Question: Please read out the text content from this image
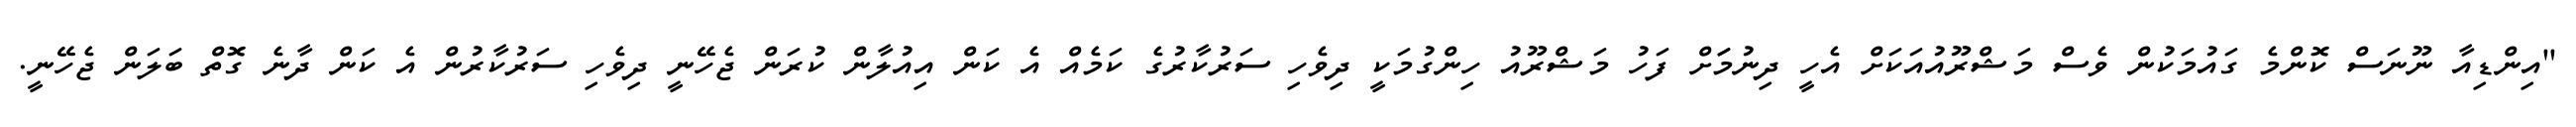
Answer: "އިންޑިއާ ނޫނަސް ކޮންމެ ގައުމަކުން ވެސް މަޝްރޫއުއަކަށް އެހީ ދިނުމަަށް ފަހު މަޝްރޫއު ހިންގުމަކީ ދިވެހި ސަރުކާރުގެ ކަމެއް އެ ކަން އިއުލާން ކުރަން ޖެހޭނީ ދިވެހި ސަރުކާރުން އެ ކަން ދާނެ ގޮތް ބަލަން ޖެހޭނީ.